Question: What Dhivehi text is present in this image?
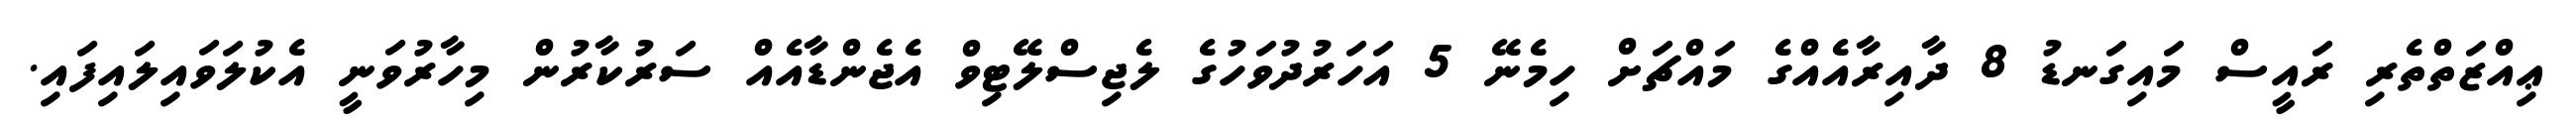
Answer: ޢިއްޒަތްތެރި ރައީސް މައިގަނޑު 8 ދާއިރާއެއްގެ މައްޗަށް ހިމެނޭ 5 އަހަރުދުވަހުގެ ލެޖިސްލޭޓިވް އެޖެންޑާއެއް ސަރުކާރުން މިހާރުވަނީ އެކުލަވައިލައިފައި.